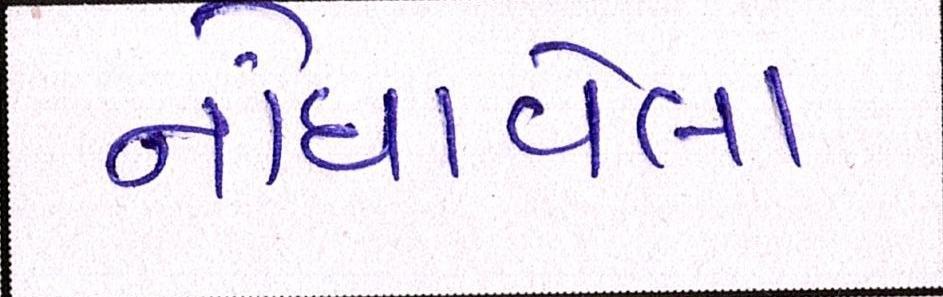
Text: નોંધાવેલા